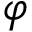
\varphi